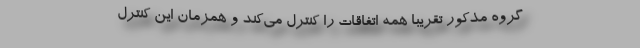
گروه مذکور تقریباً همه اتفاقات را کنترل می‌کند و همزمان این کنترل